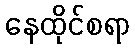
နေထိုင်စရာ